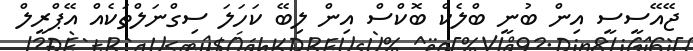
ޖޭއޭސީސީ އިން ބުނީ ބްލެކް ބޮކްސް އިން ލިބޭ ކަހަލަ ސިގްނަލްތަކެއް އޭޕްރީލް